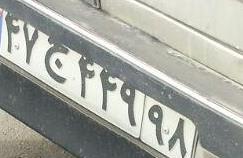
۴۷ج۴۴۹۹۸